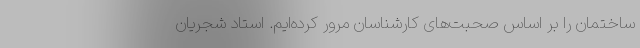
ساختمان را بر اساس صحبت‌های کارشناسان مرور کرده‌ایم. استاد شجریان